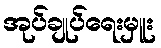
အုပ်ချုပ်ရေးမှူး